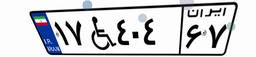
۰۷W۴۰۳۵۵